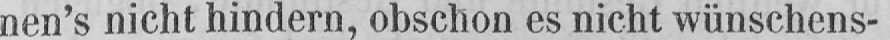
nen’s nicht hindern, obschon es nicht wünschens-